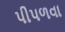
પીપળવા